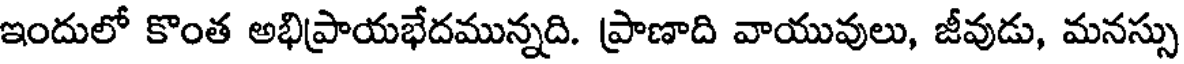
ఇందులో కొంత అభిప్రాయభేదమున్నది. ప్రాణాది వాయువులు, జీవుడు, మనస్సు